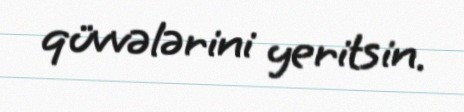
qüvvələrini yeritsin.